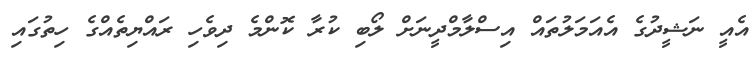
އެއީ ނަޝީދުގެ އެއަމަލުތައް އިސްލާމްދީނަށް ލޯބި ކުރާ ކޮންމެ ދިވެހި ރައްޔިތެއްގެ ހިތުގައި